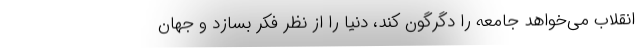
انقلاب می‌خواهد جامعه را دگرگون کند، دنیا را از نظر فکر بسازد و جهان